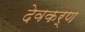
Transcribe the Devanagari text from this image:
देवकर्ण